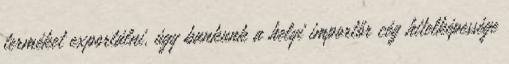
terméket exportálni, úgy bankunk a helyi importőr cég hitelképessége